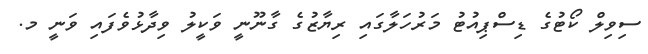
ސިވިލް ކޯޓުގެ ޑިސްޕިއުޓު މަރުހަލާގައި ރިޔާޒުގެ ގާނޫނީ ވަކީލު ވިދާޅުވެފައި ވަނީ މ.